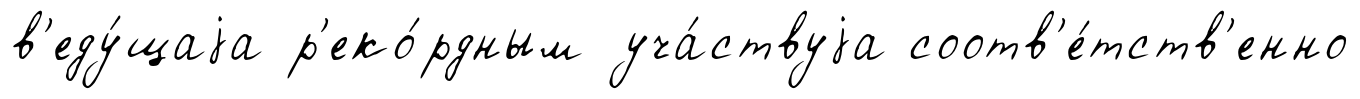
в'еду́щаjа р'еко́рдным уча́ствуjа соотв'е́тств'енно